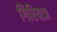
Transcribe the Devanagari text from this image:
गिरियाज